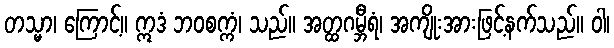
တသ္မာ၊ ကြောင့်။ ဣဒံ ဘဝစက္ကံ၊ သည်။ အတ္ထဂမ္ဘီရံ၊ အကျိုးအားဖြင့်နက်သည်။ ဝါ၊